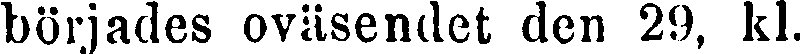
börjades oväsendet den 29, kl.